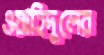
ওয়াহিদুলের